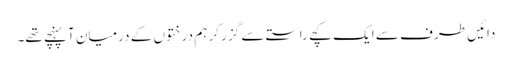
دائیں طرف سے ایک کچے راستے سے گزر کر ہم درختوں کے درمیان آپہنچے تھے۔